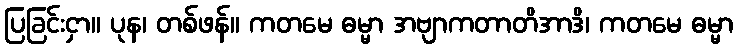
ပြခြင်းငှာ။ ပုန၊ တစ်ဖန်။ ကတမေ ဓမ္မာ အဗျာကတာတိအာဒိ၊ ကတမေ ဓမ္မာ